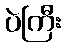
ပဲကြီး